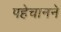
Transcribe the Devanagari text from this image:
पहेचानने